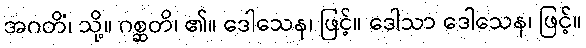
အဂတိံ၊ သို့။ ဂစ္ဆတိ၊ ၏။ ဒေါသေန၊ ဖြင့်။ ဒေါသာ ဒေါသေန၊ ဖြင့်။